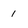
Character: 1